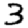
Digit: 3